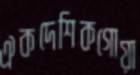
ঐকদেশিকগোয়া